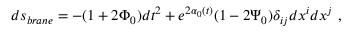
d s _ { b r a n e } = - ( 1 + 2 \Phi _ { 0 } ) d t ^ { 2 } + e ^ { 2 \alpha _ { 0 } ( t ) } ( 1 - 2 \Psi _ { 0 } ) \delta _ { i j } d x ^ { i } d x ^ { j } \ ,